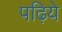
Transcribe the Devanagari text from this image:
पढ़िये